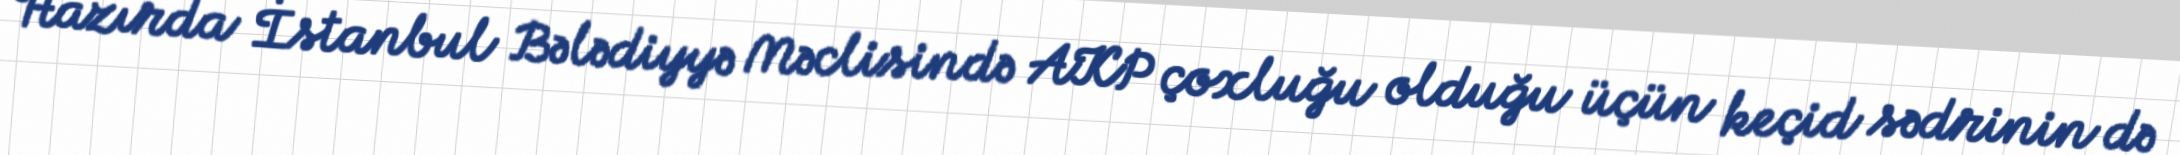
Hazırda İstanbul Bələdiyyə Məclisində AKP çoxluğu olduğu üçün keçid sədrinin də